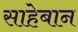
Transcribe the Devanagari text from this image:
साहेबान